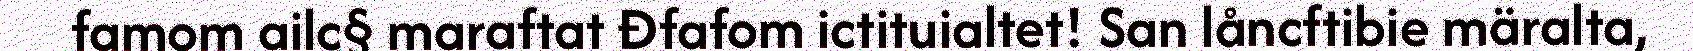
famom ailc§ maraftat Đfafom ictituialtet! San låncftibie märalta,